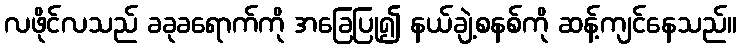
လဖိုင်လသည် ခခုခရောက်ကို အခြေပြု၍ နယ်ချဲ့စနစ်ကို ဆန့်ကျင်နေသည်။